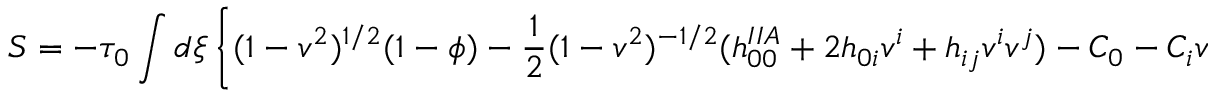
S = - \tau _ { 0 } \int d \xi \left\{ ( 1 - v ^ { 2 } ) ^ { 1 / 2 } ( 1 - \phi ) - { \frac { 1 } { 2 } } ( 1 - v ^ { 2 } ) ^ { - 1 / 2 } ( h _ { 0 0 } ^ { I I A } + 2 h _ { 0 i } v ^ { i } + h _ { i j } v ^ { i } v ^ { j } ) - C _ { 0 } - C _ { i } v ^ { i } \right\}